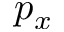
p _ { x }